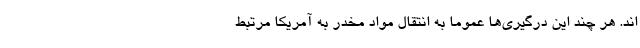
اند. هر چند این درگیری‌ها عموما به انتقال مواد مخدر به آمریکا مرتبط